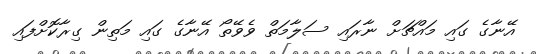
އޭނާގެ ގައި މައްޗަށް ނާރައި ސަލާމަތް ވެވޭތޯ އޭނާގެ ގައި މަތިން ގިރާކޮށްފައި